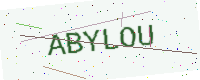
Text: ABYLOU